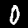
Digit: 0